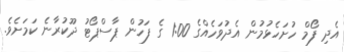
އެދި ފޯމް ހުށަހެޅުމުން އެދުވަހެއްގެ 1:00 ގެ ފަހުން ޕާސްޕޯޓު ދޫކުރާނެ ކަމަށެވެ.